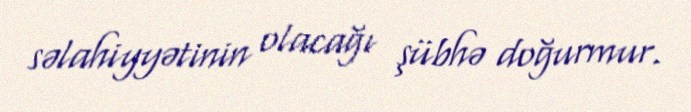
səlahiyyətinin olacağı şübhə doğurmur.